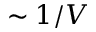
\sim 1 / V